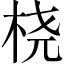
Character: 桡